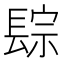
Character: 𨲇